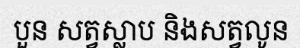
បួន សត្វស្លាប និងសត្វលូន